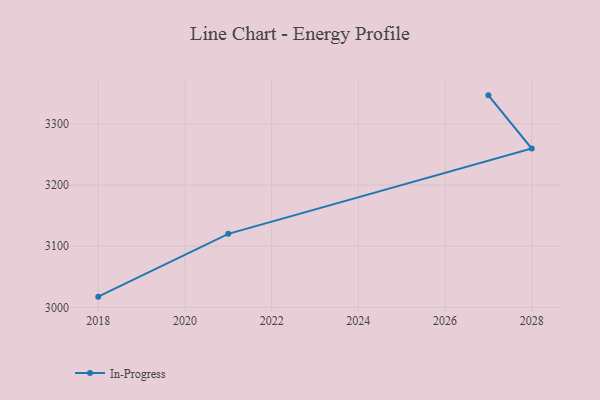
{"axis": {"x": "Year", "y": "Churn Rate (%)"}, "legend": ["In-Progress"], "data": [{"x": "2027", "y": 3346.6, "type": "In-Progress"}, {"x": "2028", "y": 3259.6, "type": "In-Progress"}, {"x": "2021", "y": 3120.2, "type": "In-Progress"}, {"x": "2018", "y": 3017.5, "type": "In-Progress"}]}